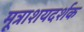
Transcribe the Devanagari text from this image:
मूत्राशयदर्शक